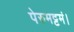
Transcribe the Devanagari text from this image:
पेरुमट्टमं।